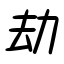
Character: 劫